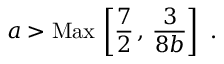
{ { a } } > \mathrm { M a x } \, \left[ { \frac { 7 } { 2 } } \, , \, { \frac { 3 } { 8 { { b } } } } \right] \ .